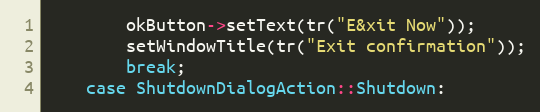
Language: C++
        okButton->setText(tr("E&xit Now"));
        setWindowTitle(tr("Exit confirmation"));
        break;
    case ShutdownDialogAction::Shutdown: